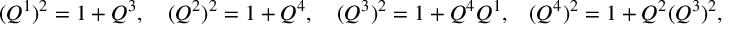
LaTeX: ( Q ^ { 1 } ) ^ { 2 } = 1 + Q ^ { 3 } , \quad ( Q ^ { 2 } ) ^ { 2 } = 1 + Q ^ { 4 } , \quad ( Q ^ { 3 } ) ^ { 2 } = 1 + Q ^ { 4 } Q ^ { 1 } , \, \, \, \, \, ( Q ^ { 4 } ) ^ { 2 } = 1 + Q ^ { 2 } ( Q ^ { 3 } ) ^ { 2 } ,